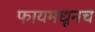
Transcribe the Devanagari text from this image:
फायमधूनच